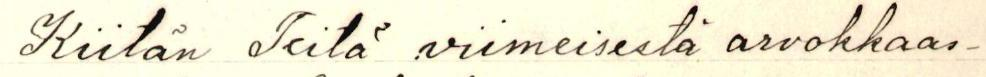
Kiitän Teitä viimeisestä arvokkaas-